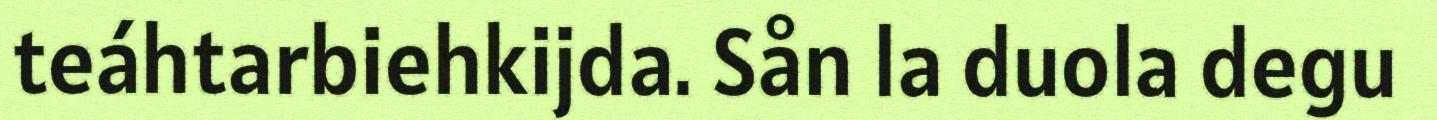
teáhtarbiehkijda. Sån la duola degu